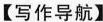
【写作导航】